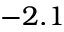
- 2 . 1